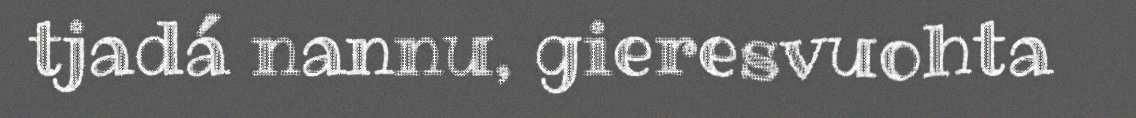
tjadá nannu, gieresvuohta